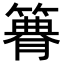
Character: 𥳫